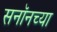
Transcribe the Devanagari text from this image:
सनॉनच्या